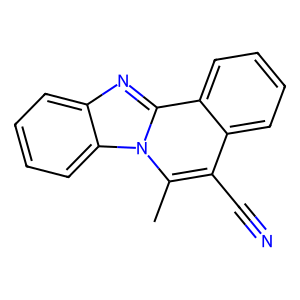
SMILES: Cc1c(C#N)c2ccccc2c2nc3ccccc3n12
Inhibits HIV replication: No